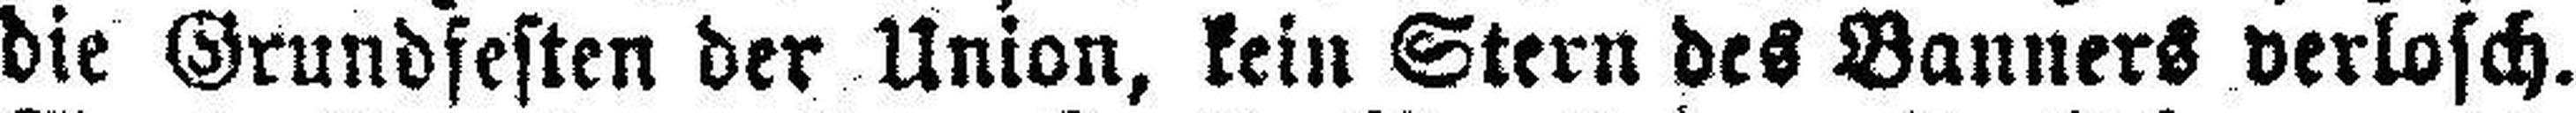
die Grundfesten der Union, kein Stern des Banners verlosch.